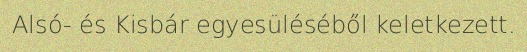
Alsó- és Kisbár egyesüléséből keletkezett.